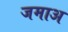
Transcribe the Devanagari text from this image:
जमाअ